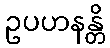
ဥပဟနန္တိ